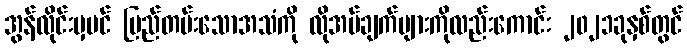
အွန်လိုင်းမှပင် မြည်တမ်းသောအသံကို လိုအပ်ချက်များကိုလည်းကောင်း ၂၀၂၁ခုနှစ်တွင်